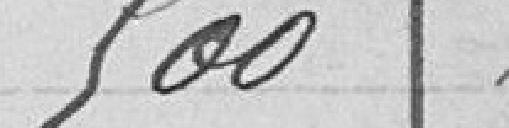
500